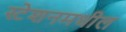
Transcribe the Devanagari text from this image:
स्टेशनमधील